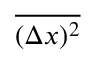
\overline { { ( \Delta x ) ^ { 2 } } }